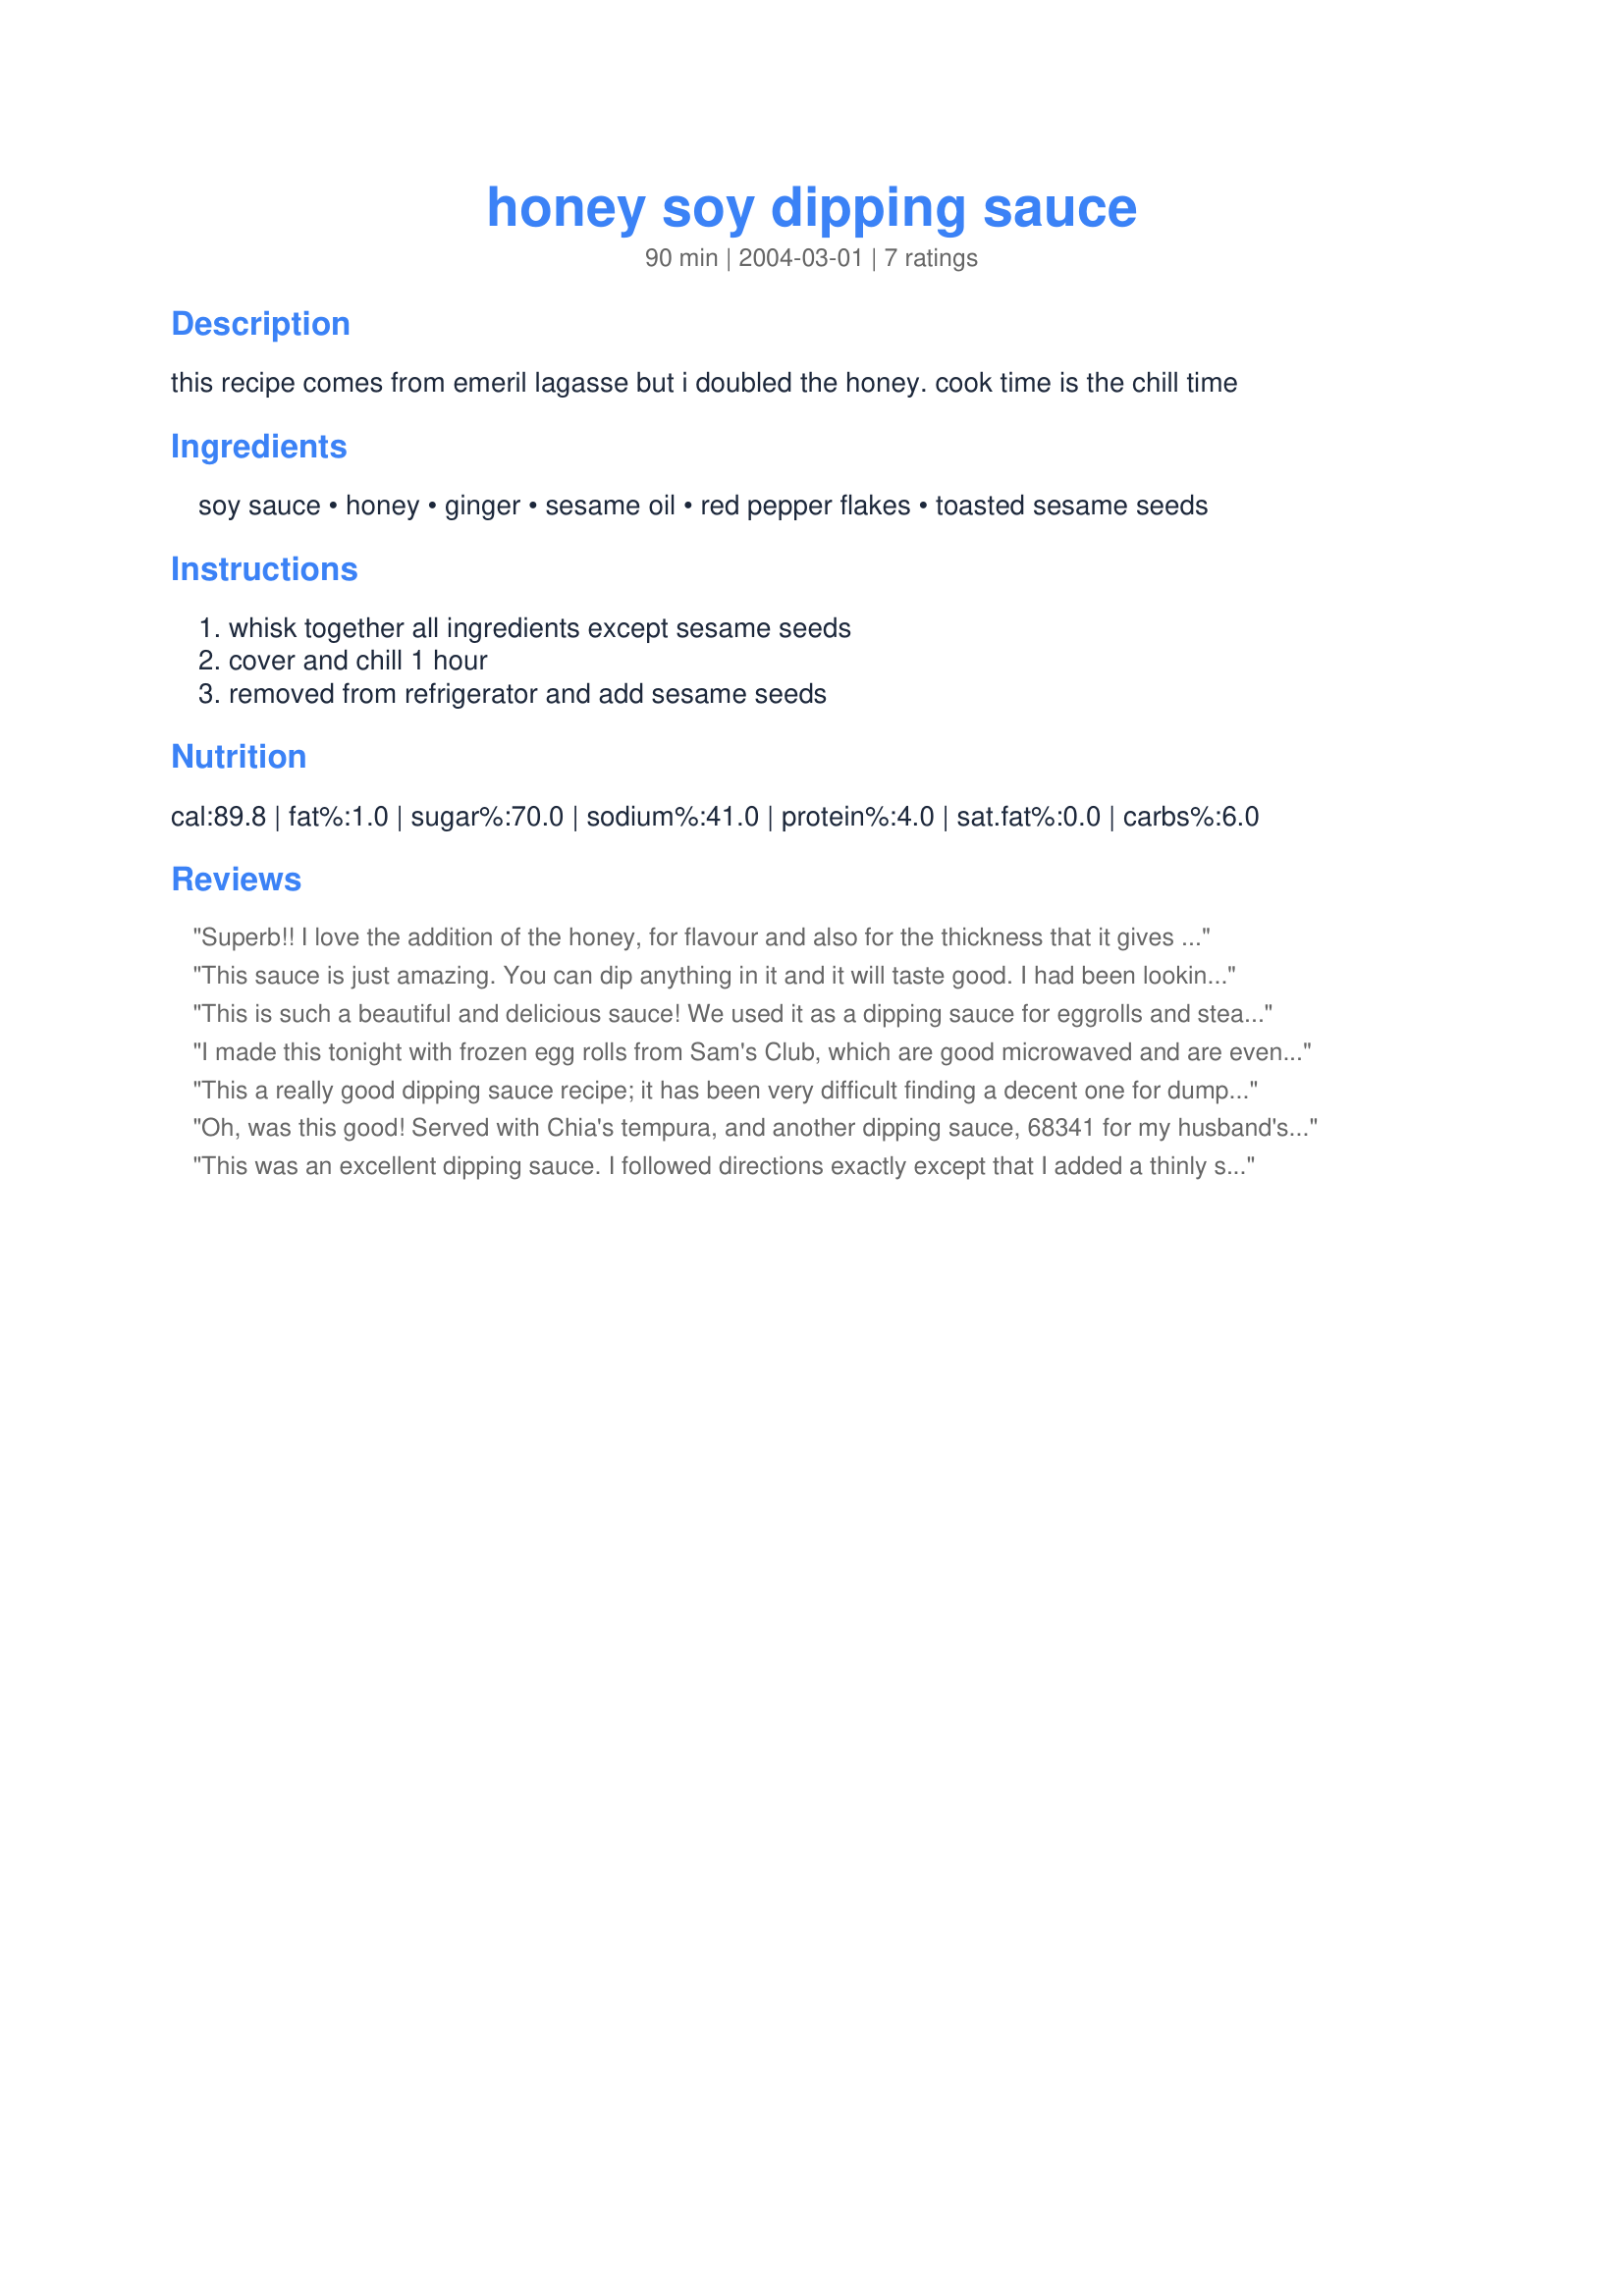
honey soy dipping sauce
Preparation time: 90 minutes

this recipe comes from emeril lagasse but i doubled the honey. cook time is the chill time

Ingredients:
soy sauce, honey, ginger, sesame oil, red pepper flakes, toasted sesame seeds

Steps:
whisk together all ingredients except sesame seeds, cover and chill 1 hour, removed from refrigerator and add sesame seeds

Reviews:
Superb!! I love the addition of the honey, for flavour and also for the thickness that it gives the usually thin soy based sauces. My favourite thus far, thanks Luby.
This sauce is just amazing. You can dip anything in it and it will taste good. I had been looking for such a dipping sauce to match other sauces that I have had at restaurants and this is it.
Who knew that such simple ingredients would taste so so good. I will make this many many times in the future. Even my kids liked it.
This is such a beautiful and delicious sauce! We used it as a dipping sauce for eggrolls and steamed dumplings and it was perfect!
I made this tonight with frozen egg rolls from Sam's Club, which are good microwaved and are even better deep fried in peanut oil @ 375 for 8-9 minutes. The sauce was easy to prepare within the egg roll cook time. My wife and I loved it!
This a really good dipping sauce recipe; it has been very difficult finding a decent one for dumplings/potstickers online, this one comes closest to the sauce served in my favorite chinese restaurant. If people find it too sweet, you can always reduce the honey to tone it down and maybe add a splash of sherry.
Oh, was this good! Served with Chia's tempura, and another dipping sauce, 68341 for my husband's first ever tempura dinner! This sauce was sweet and very very nice! Fast, easy to do, no reason ever to buy sauce. I used black sesame seeds, as that was all that I had, didn't really need any I think...
This was an excellent dipping sauce. I followed directions exactly except that I added a thinly sliced green onion to it. Served this with crispy potstickers during the football game and DH was in heaven! The only thing I will do differently is to double it next time. Thanks for the great recipe Luby!
